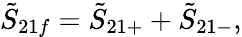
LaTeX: \tilde{S}_{21f}=\tilde{S}_{21+}+\tilde{S}_{21-},